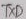
Text: TXD